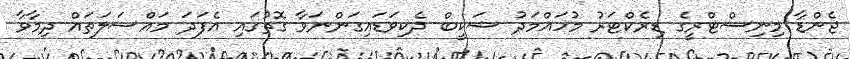
ޖެންޑާ މިނިސްޓްރީގެ ޑިރެކްޓަރު މުހައްމަދު ޝަކީބް ދެކިވަޑައިގަންނަވާ ގޮތުގައި އެފަދަ މައްސަލަތައް ދިމާވާ